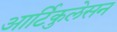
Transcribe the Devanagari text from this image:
आर्टिकुलेसन